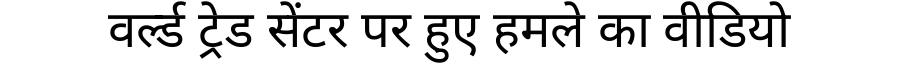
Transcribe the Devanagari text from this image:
वर्ल्ड ट्रेड सेंटर पर हुए हमले का वीडियो